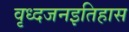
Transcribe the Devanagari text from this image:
वृध्दजनइतिहास